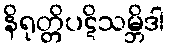
နိရုတ္တိပဋိသမ္ဘိဒါ